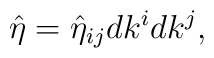
{\hat\eta} = {\hat\eta}_{ij} dk^i dk^j,